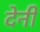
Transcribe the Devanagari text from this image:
देनीं